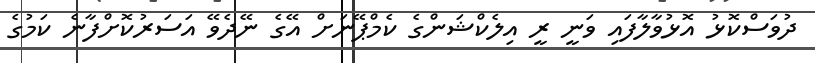
ދުވަސްކޮޅު އޮޅުވާލާފައި ވަނީ ރީ އިލެކްޝަންގެ ކެމްޕޭނަށް އޭގެ ނޭދެވޭ އަސަރުކޮށްފާނެ ކަމުގެ